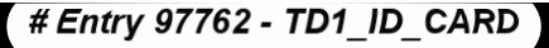
# Entry 97762 - TD1_ID_CARD